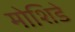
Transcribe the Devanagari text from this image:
मोशिडे